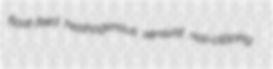
float-feed hesthogenous sensuist nail-clipping